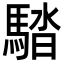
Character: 𩣯